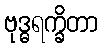
ဗုဒ္ဓရက္ခိတာ